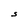
Character: S